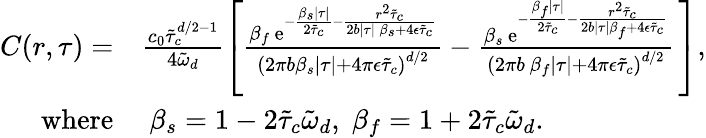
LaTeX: \begin{array}{rl}{C(r,\tau)=}&{\frac{c_{0}\tilde{\tau}_{c}^{d/2-1}}{4\tilde{\omega}_{d}}\left[\frac{\beta_{f}\, \mathrm{e}^{-\frac{\beta_{s}\lvert\tau\rvert}{2\tilde{\tau}_{c}}-\frac{r^{2}\tilde{\tau}_{c}}{2b\lvert\tau\rvert\, \beta_{s}+4\epsilon\tilde{\tau}_{c}}}}{\left(2\pi b\beta_{s}\lvert\tau\rvert+4\pi\epsilon\tilde{\tau}_{c}\right)^{d/2}}-\frac{\beta_{s}\, \mathrm{e}^{-\frac{\beta_{f}\lvert\tau\rvert}{2\tilde{\tau}_{c}}-\frac{r^{2}\tilde{\tau}_{c}}{2b\lvert\tau\rvert\beta_{f}+4\epsilon\tilde{\tau}_{c}}}}{\left(2\pi b\, \beta_{f}\lvert\tau\rvert+4\pi\epsilon\tilde{\tau}_{c}\right)^{d/2}}\, \right],}\\ {\mathrm{where}}&{\; \beta_{s}=1-2\tilde{\tau}_{c}\tilde{\omega}_{d},\; \beta_{f}=1+2\tilde{\tau}_{c}\tilde{\omega}_{d}.}\end{array}